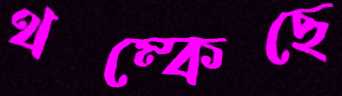
থম্‌কেছে